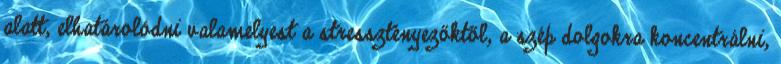
alatt, elhatárolódni valamelyest a stressztényezőktől, a szép dolgokra koncentrálni,